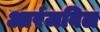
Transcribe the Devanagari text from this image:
आरंजविल